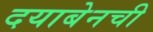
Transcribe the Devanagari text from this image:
दयाबेनची